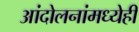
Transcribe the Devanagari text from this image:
आंदोलनांमध्येही